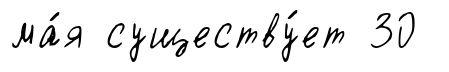
ма́я существу́ет 30